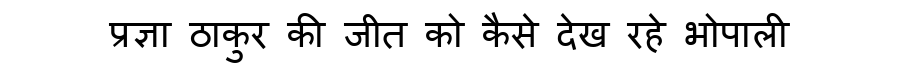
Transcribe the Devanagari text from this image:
प्रज्ञा ठाकुर की जीत को कैसे देख रहे भोपाली